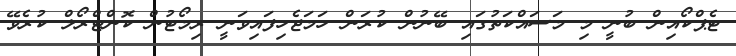
ޓެޕްކޯއިން ބުނީ މި މަސައްކަތުގައި ބޭނުން ކުރަން ހަމަޖެހިފައިވަނީ ރިމޯޓުން ކޮންޓްރޯލް ކުރެވޭ